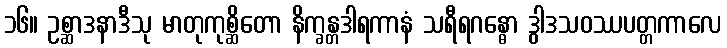
၁၆။ ဥစ္ဆာဒနာဒီသု မာတုကုစ္ဆိတော နိက္ခန္တဒါရကာနံ သရီရဂန္ဓော ဒွါဒသဝဿပတ္တကာလေ